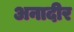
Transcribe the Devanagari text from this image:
अनादीर